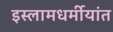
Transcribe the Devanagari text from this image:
इस्लामधर्मीयांत